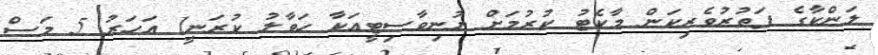
ލަންކާގެ ފަތުރުވެރިކަން މާކެޓު ކުރުމަށް ޔުނިވާސިޓީއަކާ ހަވާލު ކުރަނީ1 އަހަރު 5 މަސް